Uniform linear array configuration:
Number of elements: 4
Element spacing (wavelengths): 0.75
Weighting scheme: kaiser
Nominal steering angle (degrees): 0
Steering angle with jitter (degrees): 1.788
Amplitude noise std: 0.05
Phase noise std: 0.05

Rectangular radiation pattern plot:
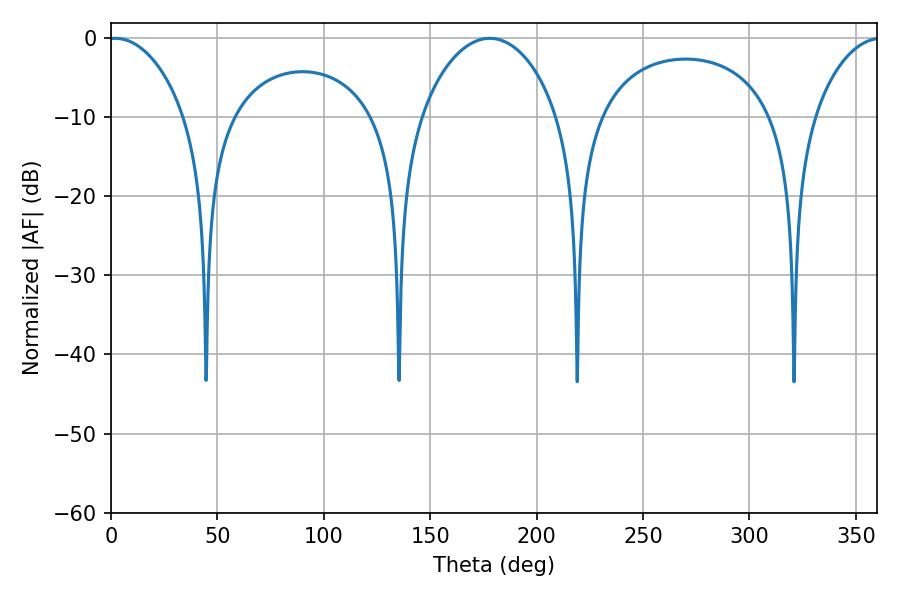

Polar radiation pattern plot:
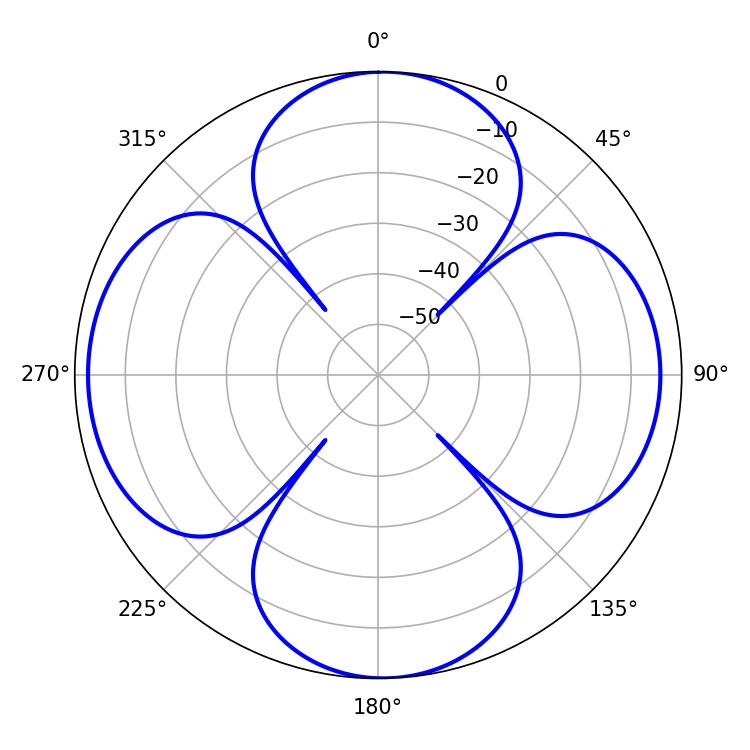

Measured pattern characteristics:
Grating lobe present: TRUE
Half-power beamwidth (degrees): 20.52
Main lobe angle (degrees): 1.98